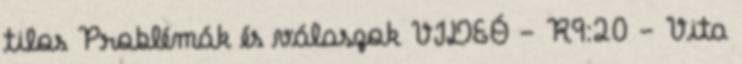
tilos Problémák és válaszok VIDEÓ - R9:20 - Vita